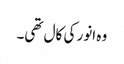
وہ انور کی کال تھی۔